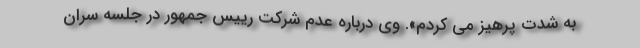
به شدت پرهیز می کردم». وی درباره عدم شرکت رییس جمهور در جلسه سران